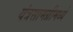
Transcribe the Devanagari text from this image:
यंत्रसामग्रीमध्ये